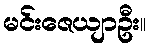
မင်းဇေယျာဦး။